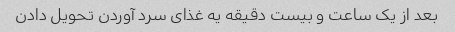
بعد از یک ساعت و بیست دقیقه یه غذای سرد آوردن تحویل دادن